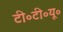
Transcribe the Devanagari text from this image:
टी॰टी॰यू॰